Annual report of the Imperial Bacteriological Laboratory, Muktesar
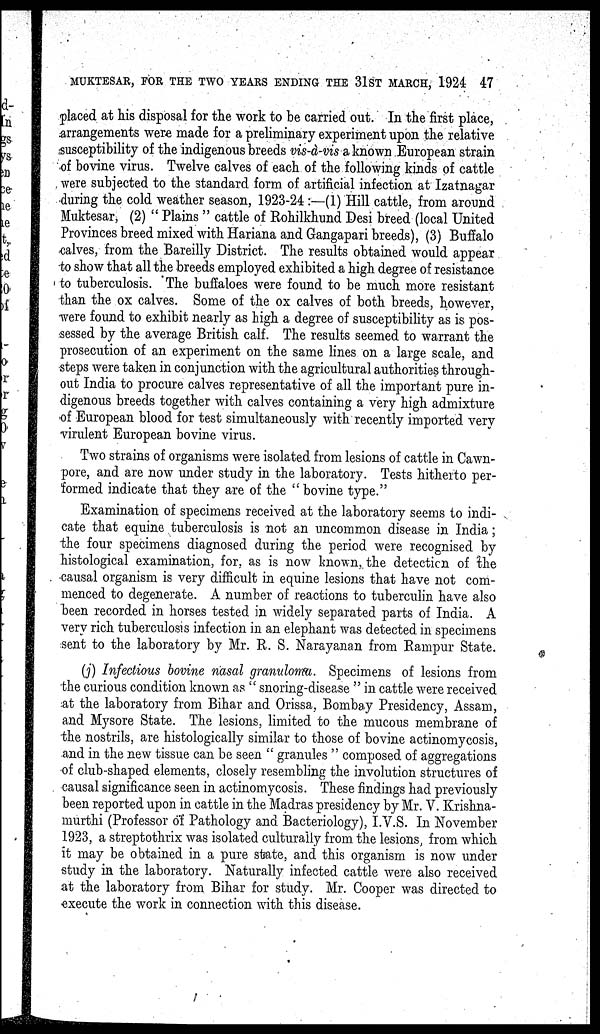
MUKTESAR, FOR THE TWO YEARS ENDING THE 31ST MARCH, 1924 47
placed at his disposal for the work to be carried out. In the first place,
arrangements were made for a preliminary experiment upon the relative
susceptibility of the indigenous breeds vis-à-vis a known European strain
of bovine virus. Twelve calves of each of the following kinds of cattle
were subjected to the standard form of artificial infection at Izatnagar
during the cold weather season, 1923-24 :—(1) Hill cattle, from around
Muktesar, (2) " Plains " cattle of Rohilkhund Desi breed (local United
Provinces breed mixed with Hariana and Gangapari breeds), (3) Buffalo
calves, from the Bareilly District. The results obtained would appear
to show that all the breeds employed exhibited a high degree of resistance
to tuberculosis. The buffaloes were found to be much more resistant
than the ox calves. Some of the ox calves of both breeds, however,
were found to exhibit nearly as high a degree of susceptibility as is pos-
sessed by the average British calf. The results seemed to warrant the
prosecution of an experiment on the same lines on a large scale, and
steps were taken in conjunction with the agricultural authorities through-
out India to procure calves representative of all the important pure in-
digenous breeds together with calves containing a very high admixture
of European blood for test simultaneously with recently imported very
virulent European bovine virus.
Two strains of organisms were isolated from lesions of cattle in Cawn-
pore, and are now under study in the laboratory. Tests hitherto per-
formed indicate that they are of the " bovine type."
Examination of specimens received at the laboratory seems to indi-
cate that equine tuberculosis is not an uncommon disease in India;
the four specimens diagnosed during the period were recognised by
histological examination, for, as is now known, the detection of the
causal organism is very difficult in equine lesions that have not com-
menced to degenerate. A number of reactions to tuberculin have also
been recorded in horses tested in widely separated parts of India. A
very rich tuberculosis infection in an elephant was detected in specimens
sent to the laboratory by Mr. R. S. Narayanan from Rampur State.
(j) Infectious bovine nasal granuloma. Specimens of lesions from
the curious condition known as " snoring-disease " in cattle were received
at the laboratory from Bihar and Orissa, Bombay Presidency, Assam,
and Mysore State. The lesions, limited to the mucous membrane of
the nostrils, are histologically similar to those of bovine actinomycosis,
and in the new tissue can be seen " granules " composed of aggregations
of club-shaped elements, closely resembling the involution structures of
causal significance seen in actinomycosis. These findings had previously
been reported upon in cattle in the Madras presidency by Mr. V. Krishna-
murthi (Professor of Pathology and Bacteriology), I.V.S. In November
1923, a streptothrix was isolated culturally from the lesions, from which
it may be obtained in a pure state, and this organism is now under
study in the laboratory. Naturally infected cattle were also received
at the laboratory from Bihar for study. Mr. Cooper was directed to
execute the work in connection with this disease.